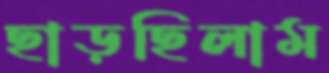
ছাড়ছিলাম